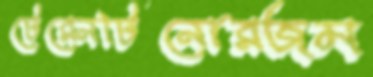
টেরেনটিনোরজম